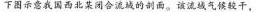
下图示意我国西北某闭合流的剖面。该流域气候较干，